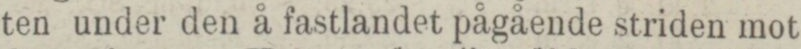
ten under den å fastlandet pågående striden mot